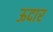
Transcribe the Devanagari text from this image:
ऊदार